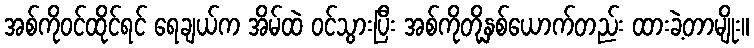
အစ်ကိုဝင်ထိုင်ရင် ရေချယ်က အိမ်ထဲ ဝင်သွားပြီး အစ်ကိုတို့နှစ်ယောက်တည်း ထားခဲ့တာမျိုး။